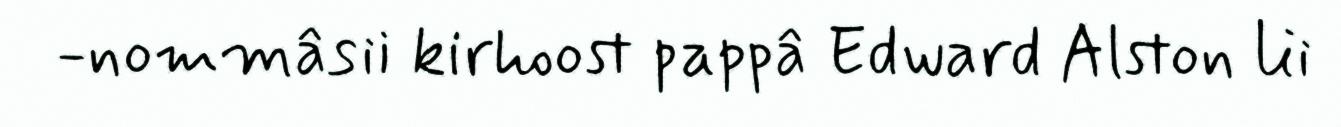
-nommâsii kirhoost pappâ Edward Alston lii